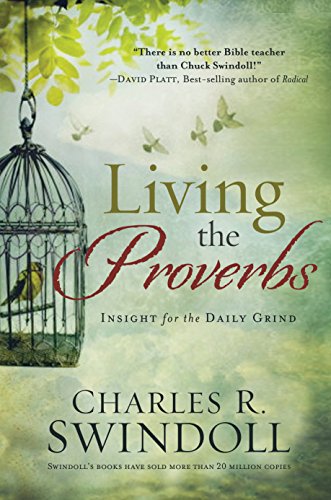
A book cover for Living the Proverbs: Insights for the Daily Grind; Charles R. Swindoll; Christian Books & Bibles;